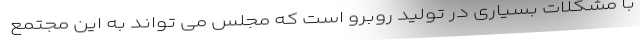
با مشکلات بسیاری در تولید روبرو است که مجلس می تواند به این مجتمع